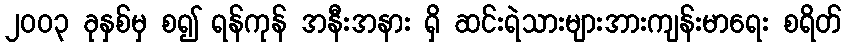
၂၀၀၃ ခုနှစ်မှ စ၍ ရန်ကုန် အနီးအနား ရှိ ဆင်းရဲသားများအားကျန်းမာရေး စရိတ်